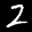
Label: 2